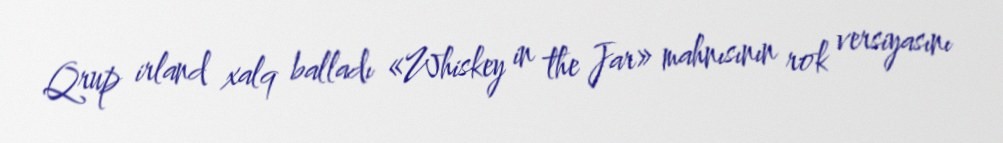
Qrup irland xalq balladı «Whiskey in the Jar» mahnısının rok versiyasını